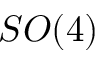
S O ( 4 )